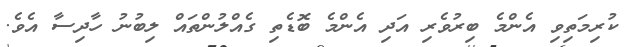
ކުރިމަތިވި އެންމެ ބިރުވެރި އަދި އެންމެ ބޮޑެތި ގެއްލުންތައް ލިބުނު ހާދިސާ އެވެ.